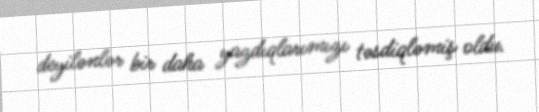
deyilənlər bir daha yazdıqlarımızı təsdiqləmiş oldu.